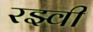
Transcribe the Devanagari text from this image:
रझ्वी